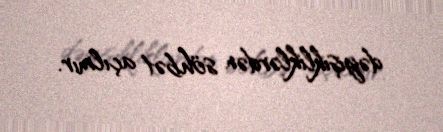
dəyişikliklərdən söhbət açılmır.